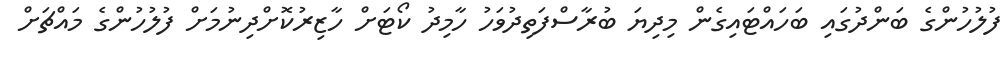
ފުލުހުންގެ ބަންދުގައި ބަހައްޓައިގެން މިދިޔަ ބުރާސްފަތިދުވަހު ހާމިދު ކޯޓަށް ހާޒިރުކޮށްދިނުމަށް ފުލުހުންގެ މައްޗަށް